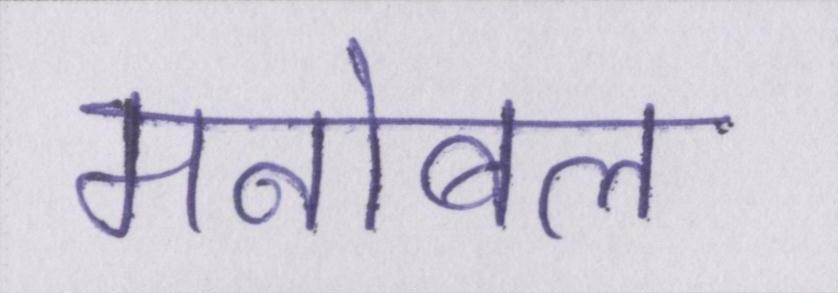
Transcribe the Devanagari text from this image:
मनोबल